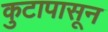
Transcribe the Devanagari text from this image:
कुटापासून